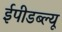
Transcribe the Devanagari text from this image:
ईपीडब्ल्यू